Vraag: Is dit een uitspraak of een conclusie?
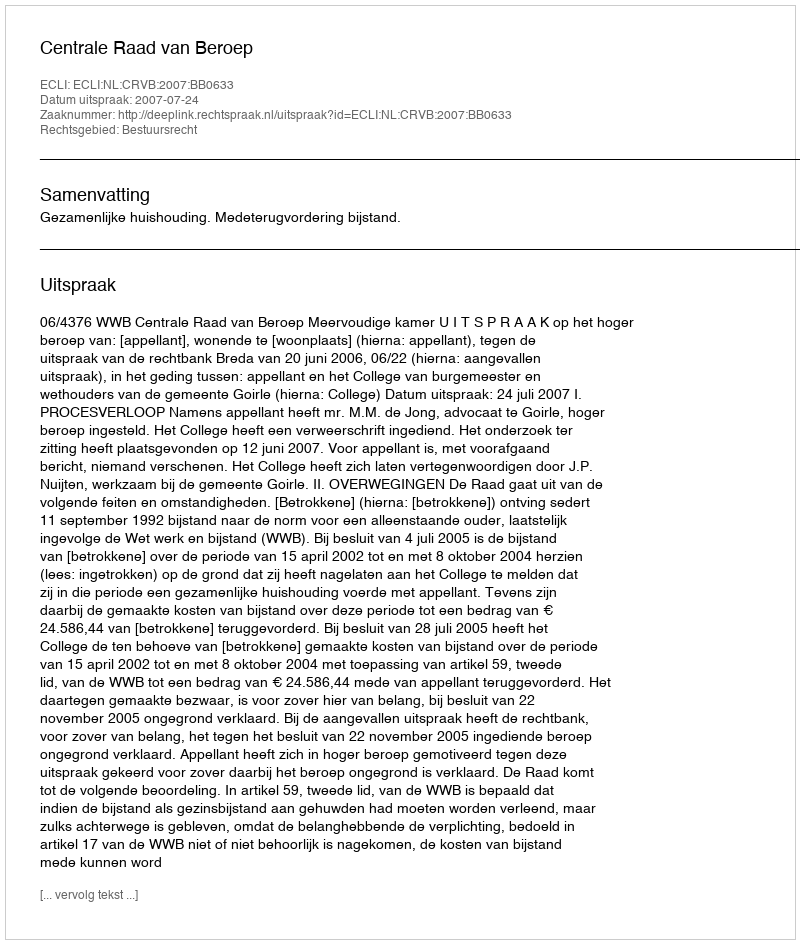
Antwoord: Uitspraak